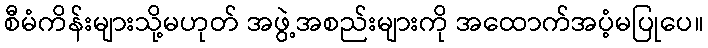
စီမံကိန်းများသို့မဟုတ် အဖွဲ့အစည်းများကို အထောက်အပံ့မပြုပေ။